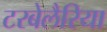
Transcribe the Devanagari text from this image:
टरबेलैरिया